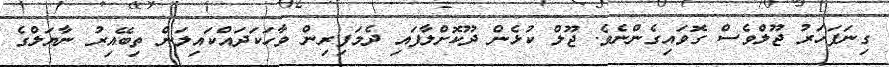
ގިނަފަހަރު ޖޫލްވެސް ގޮވައިގެންނެވެ. ޖޫލް ކުޅެން ދޫކޮށްލާފައި ދެމަފިރިން ވާހަކަދައްކައިލަން ތިބޭއިރު ނާޔަލްގެ